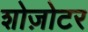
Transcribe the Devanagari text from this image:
शोज़ोटर